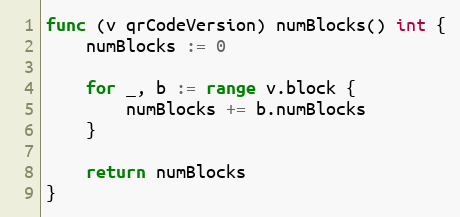
Language: Go
func (v qrCodeVersion) numBlocks() int {
	numBlocks := 0

	for _, b := range v.block {
		numBlocks += b.numBlocks
	}

	return numBlocks
}